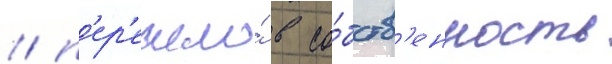
/ п'ер'ешло́ в со́бств'енность